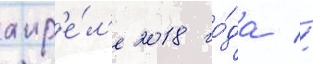
апр'е́л'е 2018 го́да //